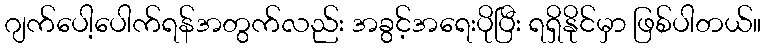
ဂျက်ပေါ့ပေါက်ရန်အတွက်လည်း အခွင့်အရေးပိုပြီး ရရှိနိုင်မှာ ဖြစ်ပါတယ်။